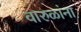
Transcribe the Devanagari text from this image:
वारुळांना